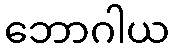
ဘောဂါယ